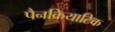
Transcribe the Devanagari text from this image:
पैनक्रियाटिक